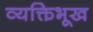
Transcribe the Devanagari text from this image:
व्यक्तिभूख